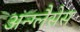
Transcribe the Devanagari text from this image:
अन्ग्लैसेस